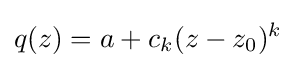
q(z)=a+c_{k}(z-z_{0})^{k}